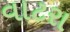
વાટરા